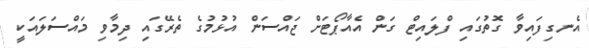
އެނގިފައިވާ ގޮތުގައި ފްލައިޓް ގަން އެއާޕޯޓަށް ޖައްސަން އުޅުމުގެ ތެރޭގައި ދިމާވި މައްސަލައަކީ